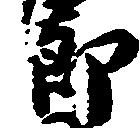
郎